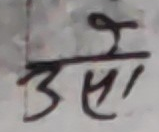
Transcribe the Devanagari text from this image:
उसे